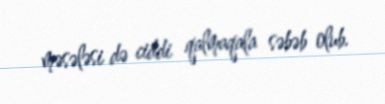
məsələsi də ciddi qalmaqala səbəb olub.